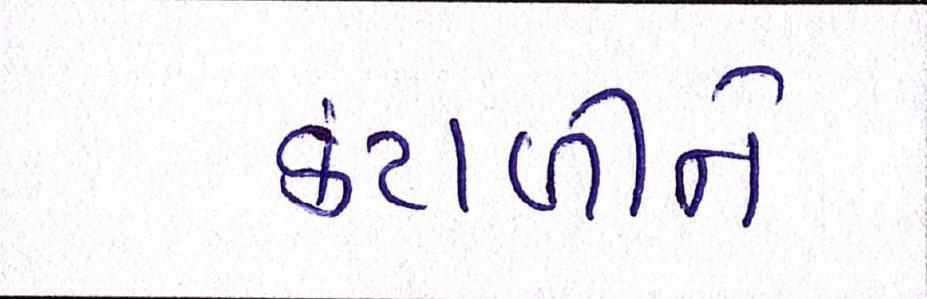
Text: કંટાળીને